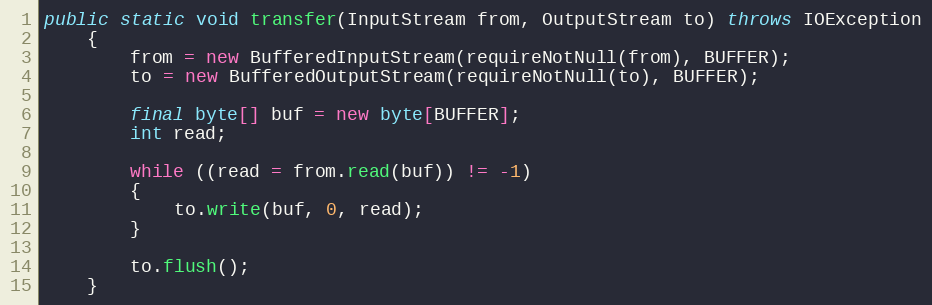
Language: Java
public static void transfer(InputStream from, OutputStream to) throws IOException
	{
		from = new BufferedInputStream(requireNotNull(from), BUFFER);
		to = new BufferedOutputStream(requireNotNull(to), BUFFER);

		final byte[] buf = new byte[BUFFER];
		int read;

		while ((read = from.read(buf)) != -1)
		{
			to.write(buf, 0, read);
		}

		to.flush();
	}